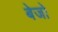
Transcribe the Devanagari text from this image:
बेजो